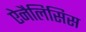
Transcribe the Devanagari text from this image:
ऐनैलिसिस